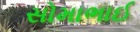
સોમાભાઈ